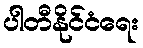
ပါတီနိုင်ငံရေး